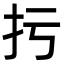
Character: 扝